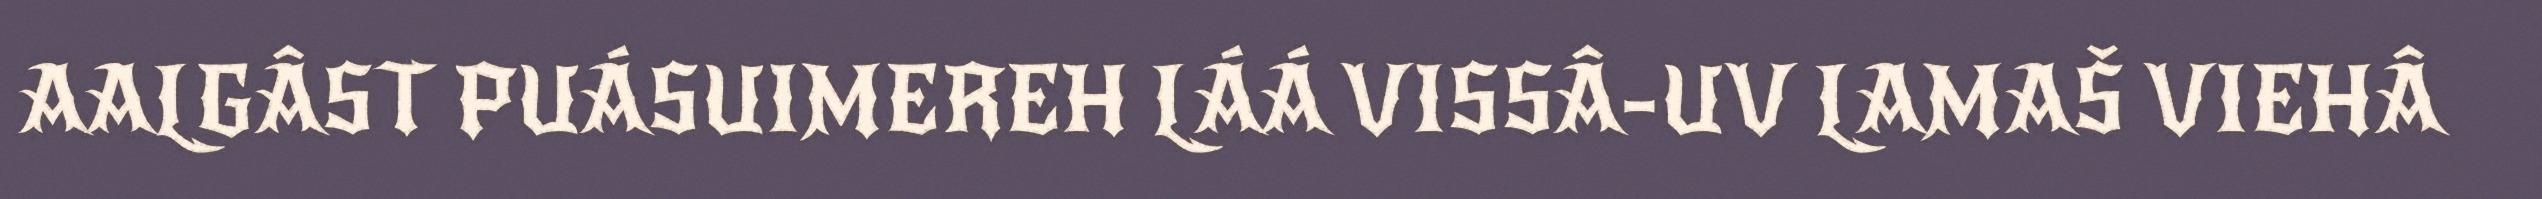
AALGÂST PUÁSUIMEREH LÁÁ VISSÂ-UV LAMAŠ VIEHÂ